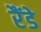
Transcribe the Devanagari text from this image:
रैंडे